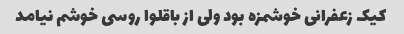
کیک زعفرانی خوشمزه بود ولی از باقلوا روسی خوشم نیامد